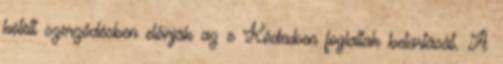
kötött szerződésben előírják az e Kódexben foglaltak betartását. A